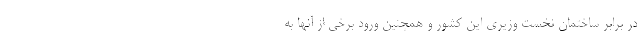
در برابر ساختمان نخست وزیری این کشور و همچنین ورود برخی از آنها به